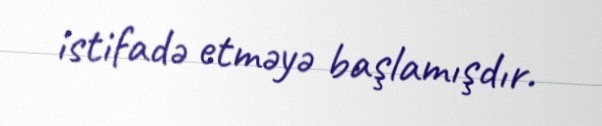
istifadə etməyə başlamışdır.